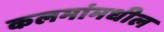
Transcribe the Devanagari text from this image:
कलमांमधील